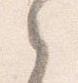
之